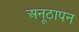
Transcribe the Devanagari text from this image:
अनूठापन